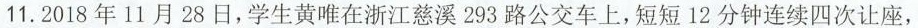
11.2018年11月28日，学生黄唯在浙江慈溪293路公交车上，短短12分钟连续四次让座，